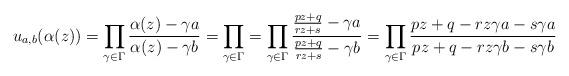
LaTeX: \begin{align*} u_{a,b}(\alpha(z))=\prod_{\gamma\in \Gamma}\frac{\alpha(z)-\gamma a}{\alpha(z)-\gamma b}=\prod_{\gamma\in\Gamma}=\prod_{\gamma\in \Gamma}\frac{\frac{pz+q}{rz+s}-\gamma a}{\frac{pz+q}{rz+s}-\gamma b}=\prod_{\gamma\in \Gamma}\frac{pz+q-rz\gamma a-s\gamma a}{pz+q-rz\gamma b- s\gamma b }\end{align*}